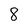
Character: 8